Civil Veterinary Department. Madras. Admin. report 1926-33 - 1926-1933
Year: 1926
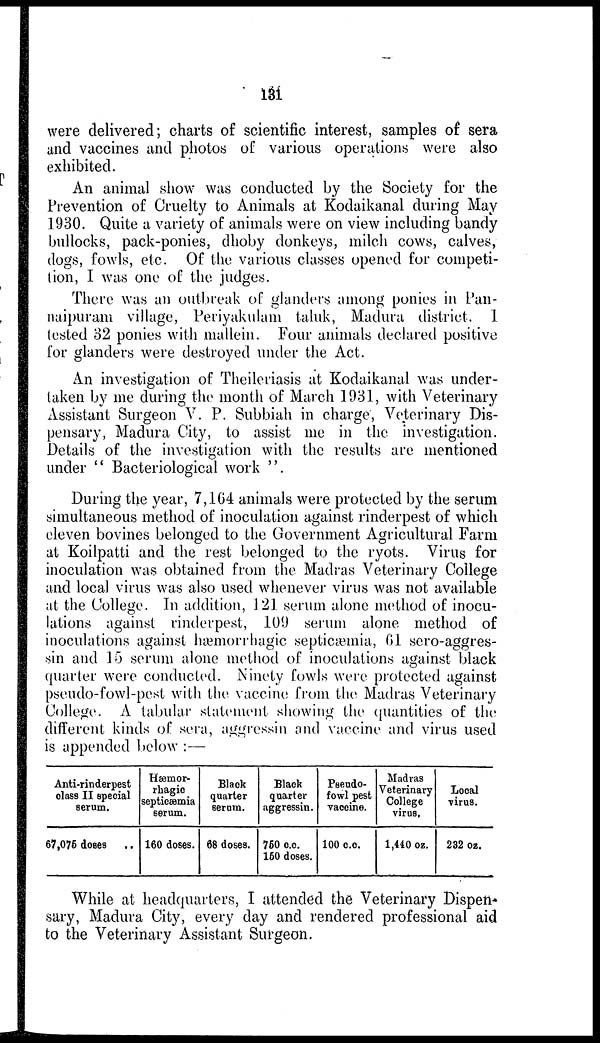
131
were delivered; charts of scientific interest, samples of sera
and vaccines and photos of various operations were also
exhibited.
An animal show was conducted by the Society for the
Prevention of Cruelty to Animals at Kodaikanal during May
1930. Quite a variety of animals were on view including bandy
bullocks, pack-ponies, dhoby donkeys, milch cows, calves,
dogs, fowls, etc. Of the various classes opened for competi-
tion, I was one of the judges.
There was an outbreak of glanders among ponies in Pan-
naipuram village, Periyakulam taluk, Madura district. I
tested 32 ponies with mallein. Four animals declared positive
for glanders were destroyed under the Act.
An investigation of Theileriasis at Kodaikanal was under-
taken by me during the month of March 1931, with Veterinary
Assistant Surgeon V. P. Subbiah in charge, Veterinary Dis-
pensary, Madura City, to assist me in the investigation.
Details of the investigation with the results are mentioned
under "Bacteriological work"
During the year, 7,164 animals were protected by the serum
simultaneous method of inoculation against rinderpest of which
eleven bovines belonged to the Government Agricultural Farm
at Koilpatti and the rest belonged to the ryots. Virus for
inoculation was obtained from the Madras Veterinary College
and local virus was also used whenever virus was not available
at the College. In addition, 121 serum alone method of inocu-
lations against rinderpest, 109 serum alone method of
inoculations against hæmorrhagic septicæmia, 61 sero-aggres-
sin and 15 serum alone method of inoculations against black
quarter were conducted. Ninety fowls were protected against
pseudo-fowl-pest with the vaccine from the Madras Veterinary
College. A tabular statement showing the quantities of the
different kinds of sera, aggressin and vaccine and virus used
is appended below :—
Anti-rinderpest
class II special
serum.
67,075 doses
..
Hæmor-
rhagic
septicæmia
serum.
160 doses.
Black
quarter
serum.
68 doses.
Black
quarter
aggressin.
750 c.c.
150 doses.
Pseudo-
fowl pest
vaccine.
100 c.c.
Madras
Veterinary
College
virus.
1,440 oz.
Local
virus.
232 oz.
While at headquarters, I attended the Veterinary Dispen-
sary, Madura City, every day and rendered professional aid
to the Veterinary Assistant Surgeon.